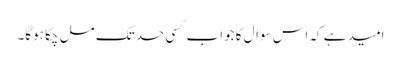
امید ہے کہ اس سوال کا جواب کسی حد تک مل چکا ہوگا۔